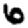
Digit: 6